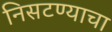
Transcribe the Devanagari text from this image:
निसटण्याचा